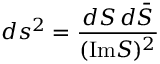
d s ^ { 2 } = \frac { d S \, d { \bar { S } } } { ( \mathrm { I m } S ) ^ { 2 } }